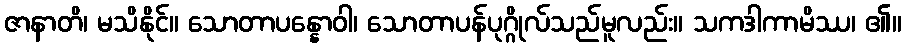
ဇာနာတိ၊ မသိနိုင်။ သောတာပန္နောဝါ၊ သောတာပန်ပုဂ္ဂိုလ်သည်မူလည်း။ သကဒါကာမိဿ၊ ၏။